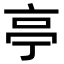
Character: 亭